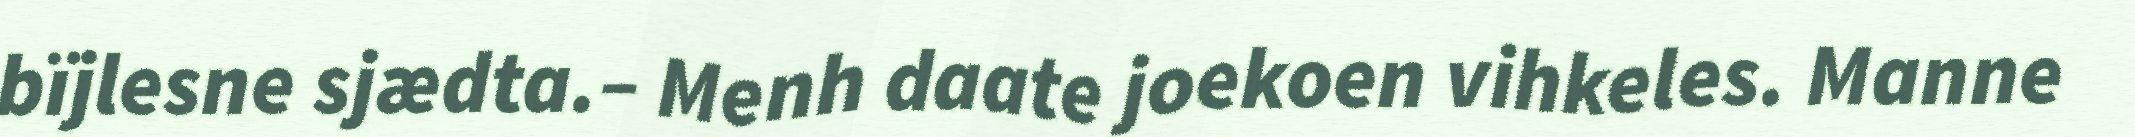
bïjlesne sjædta.– Menh daate joekoen vihkeles. Manne